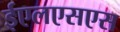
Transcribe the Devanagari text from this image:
ईएलएसएस